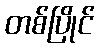
တစ်ပြိုင်